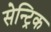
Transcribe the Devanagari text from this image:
सेन्ट्रिक